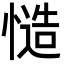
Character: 慥